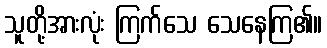
သူတို့အားလုံး ကြက်သေ သေနေကြ၏။